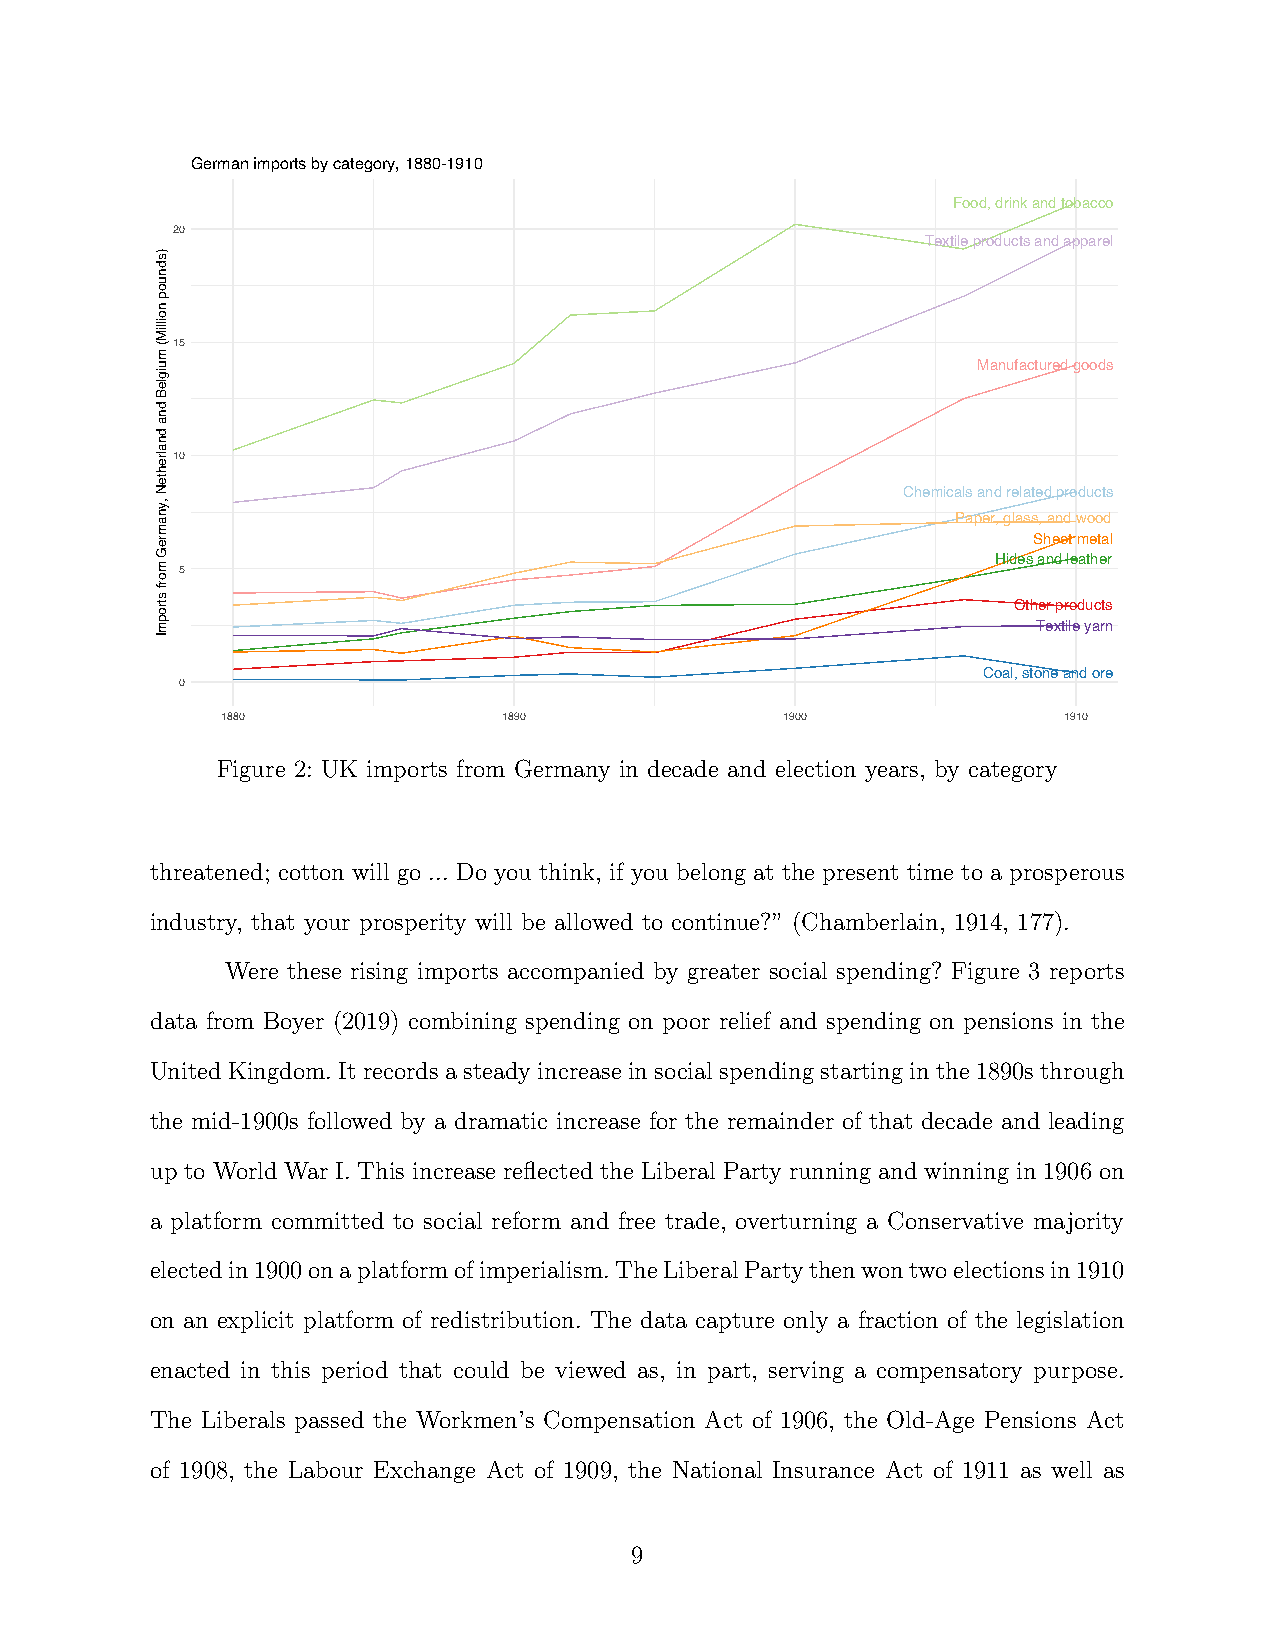
German imports by category, 1880-1910
 Food, drink and tobacco
 20
 Textile products and apparel
 15
 Manufactured goods
 10
 Chemicals and related products
 Paper, glass, and wood
 Sheet metal
 Hides and leather
 5
 Other products
 Textile yarn
 Coal, stone and ore
 0
 1880              1890               1900              1910
 Figure 2: UK imports from Germany in decade and election years, by category
 threatened; cotton will go ... Do you think, if you belong at the present time to a prosperous
 industry, that your prosperity will be allowed to continue?” (Chamberlain, 1914, 177).
 Were these rising imports accompanied by greater social spending? Figure 3 reports
 data from Boyer (2019) combining spending on poor relief and spending on pensions in the
 UnitedKingdom.Itrecordsasteadyincreaseinsocialspendingstartinginthe1890sthrough
 the mid-1900s followed by a dramatic increase for the remainder of that decade and leading
 up to World War I. This increase reflected the Liberal Party running and winning in 1906 on
 a platform committed to social reform and free trade, overturning a Conservative majority
 electedin1900onaplatformofimperialism.TheLiberalPartythenwontwoelectionsin1910
 on an explicit platform of redistribution. The data capture only a fraction of the legislation
 enacted in this period that could be viewed as, in part, serving a compensatory purpose.
 The Liberals passed the Workmen’s Compensation Act of 1906, the Old-Age Pensions Act
 of 1908, the Labour Exchange Act of 1909, the National Insurance Act of 1911 as well as
 9
 )sdnuop
 noilliM(
 muigleB
 dna
 dnalrehteN
 ,ynamreG
 morf
 stropmI